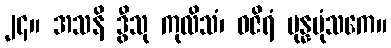
၂၄။ အသနိ ဒွီသု ကုလိသံ၊ ဝဇိရံ ပုန္နပုံသကေ။